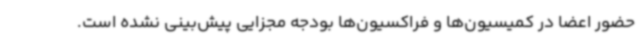
حضور اعضا در کمیسیون‌ها و فراکسیون‌ها بودجه مجزایی پیش‌بینی نشده است.